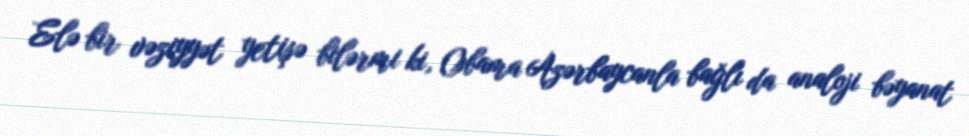
Elə bir vəziyyət yetişə bilərmi ki, Obama Azərbaycanla bağlı da analoji bəyanat